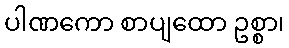
ပါဏကော စာပျထော ဥစ္စာ၊